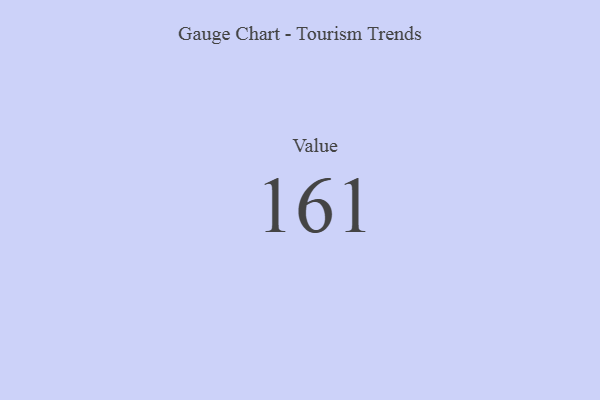
{"axis": {"x": "Metric", "y": "Value"}, "legend": [""], "data": [{"x": "Value", "y": 161, "type": ""}]}